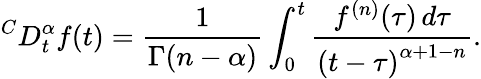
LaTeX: {}^{C}D_{t}^{\alpha}f(t)={\frac{1}{\Gamma(n-\alpha)}}\int_{0}^{t}{\frac{f^{(n)}(\tau)\, d\tau}{\left(t-\tau\right)^{\alpha+1-n}}}.